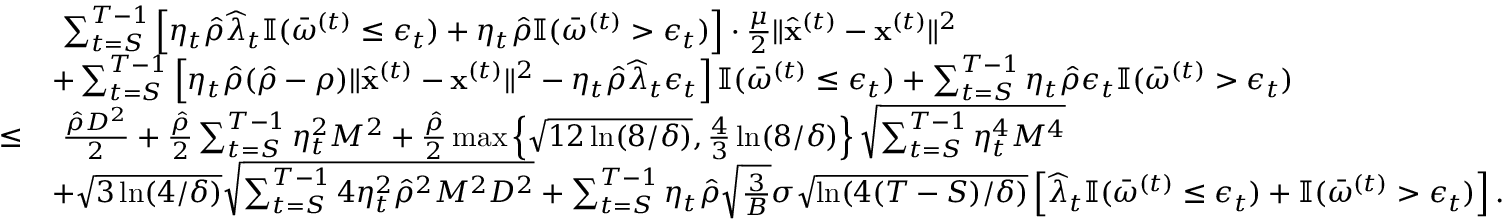
\begin{array} { r l } & { ~ \sum _ { t = S } ^ { T - 1 } \left[ \eta _ { t } \hat { \rho } \widehat \lambda _ { t } \mathbb { I } ( \bar { \omega } ^ { ( t ) } \leq \epsilon _ { t } ) + \eta _ { t } \hat { \rho } \mathbb { I } ( \bar { \omega } ^ { ( t ) } > \epsilon _ { t } ) \right] \cdot \frac { \mu } { 2 } \| \widehat { \mathbf x } ^ { ( t ) } - { \mathbf x } ^ { ( t ) } \| ^ { 2 } } \\ & { + \sum _ { t = S } ^ { T - 1 } \left[ \eta _ { t } \hat { \rho } ( \hat { \rho } - \rho ) \| \widehat { \mathbf x } ^ { ( t ) } - { \mathbf x } ^ { ( t ) } \| ^ { 2 } - \eta _ { t } \hat { \rho } \widehat \lambda _ { t } \epsilon _ { t } \right] \mathbb { I } ( \bar { \omega } ^ { ( t ) } \leq \epsilon _ { t } ) + \sum _ { t = S } ^ { T - 1 } \eta _ { t } \hat { \rho } \epsilon _ { t } \mathbb { I } ( \bar { \omega } ^ { ( t ) } > \epsilon _ { t } ) } \\ { \leq } & { ~ \frac { \hat { \rho } D ^ { 2 } } { 2 } + \frac { \hat { \rho } } { 2 } \sum _ { t = S } ^ { T - 1 } \eta _ { t } ^ { 2 } M ^ { 2 } + \frac { \hat { \rho } } { 2 } \operatorname* { m a x } \left\{ \sqrt { 1 2 \ln ( 8 / \delta ) } , \frac { 4 } { 3 } \ln ( 8 / \delta ) \right\} \sqrt { \sum _ { t = S } ^ { T - 1 } \eta _ { t } ^ { 4 } M ^ { 4 } } } \\ & { + \sqrt { 3 \ln ( 4 / \delta ) } \sqrt { \sum _ { t = S } ^ { T - 1 } 4 \eta _ { t } ^ { 2 } \hat { \rho } ^ { 2 } M ^ { 2 } D ^ { 2 } } + \sum _ { t = S } ^ { T - 1 } \eta _ { t } \hat { \rho } \sqrt { \frac { 3 } { B } } \sigma \sqrt { \ln ( 4 ( T - S ) / \delta ) } \left[ \widehat \lambda _ { t } \mathbb { I } ( \bar { \omega } ^ { ( t ) } \leq \epsilon _ { t } ) + \mathbb { I } ( \bar { \omega } ^ { ( t ) } > \epsilon _ { t } ) \right] . } \end{array}